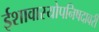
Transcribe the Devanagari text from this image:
ईशावास्योपनिषदावरी